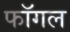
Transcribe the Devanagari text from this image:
फॉगल